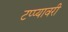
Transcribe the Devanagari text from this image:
टप्प्यावरी